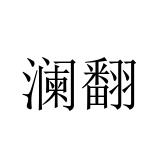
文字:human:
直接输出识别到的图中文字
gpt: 澜翻